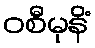
ဝစီမုနိံ